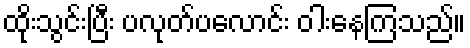
ထိုးသွင်းပြီး ပလုတ်ပလောင်း ဝါးနေကြသည်။